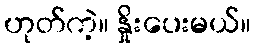
ဟုတ်ကဲ့။ နှိုးပေးမယ်။